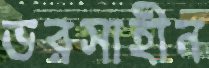
ভরসাহীন